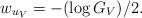
LaTeX: \begin{align*}w_{u_V}=-(\log G_V)/2.\end{align*}